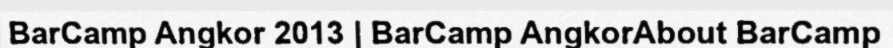
BarCamp Angkor 2013 | BarCamp AngkorAbout BarCamp